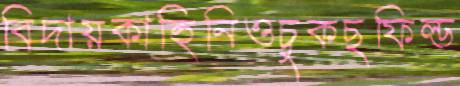
বিদায়কাহিনিওচুকছফিল্ড